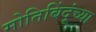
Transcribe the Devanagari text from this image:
मोतिबिंदूंच्या